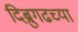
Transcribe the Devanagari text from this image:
दिब्रुगढच्या